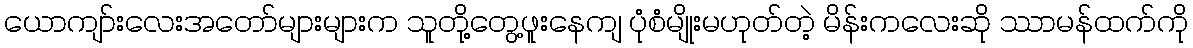
ယောကျာ်းလေးအတော်များများက သူတို့တွေ့ဖူးနေကျ ပုံစံမျိုးမဟုတ်တဲ့ မိန်းကလေးဆို ဿာမန်ထက်ကို